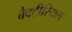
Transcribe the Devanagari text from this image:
बैक्‍टीरियल